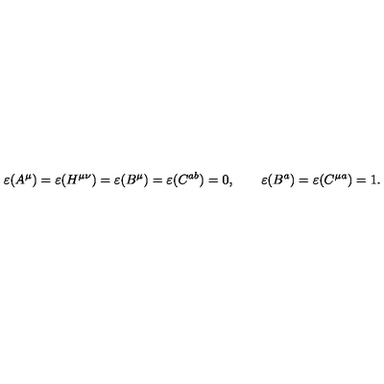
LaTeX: \varepsilon ( A ^ { \mu } ) = \varepsilon ( H ^ { \mu \nu } ) = \varepsilon ( B ^ { \mu } ) = \varepsilon ( C ^ { a b } ) = 0 , \qquad \varepsilon ( B ^ { a } ) = \varepsilon ( C ^ { \mu a } ) = 1 .